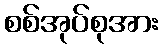
စစ်အုပ်စုအား